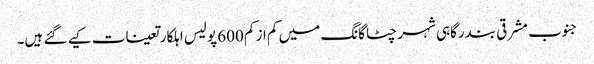
جنوب مشرقی بندرگاہی شہر چٹاگانگ میں کم از کم 600 پولیس اہلکار تعینات کیے گئے ہیں۔